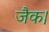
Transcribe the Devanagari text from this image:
जैक।